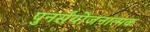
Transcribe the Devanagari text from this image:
पुनर्संयोजनात्मक